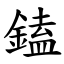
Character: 鎑